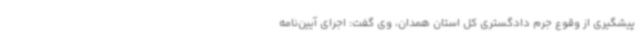
پیشگیری از وقوع جرم دادگستری کل استان همدان، وی گفت: اجرای آیین‌نامه